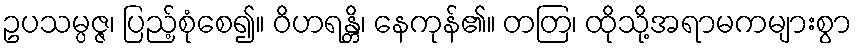
ဥပသမ္ပဇ္ဇ၊ ပြည့်စုံစေ၍။ ဝိဟရန္တိ၊ နေကုန်၏။ တတြ၊ ထိုသို့အရာမကများစွာ